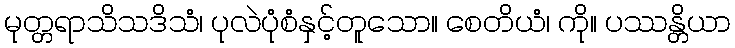
မုတ္တရာသိသဒိသံ၊ ပုလဲပုံစံနှင့်တူသော။ စေတိယံ၊ ကို။ ပဿန္တိယာ